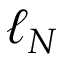
\ell _ { N }